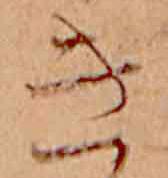
き